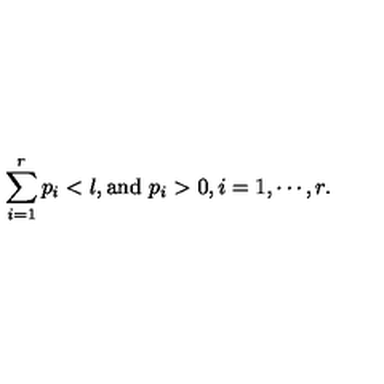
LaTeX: \sum _ { i = 1 } ^ { r } p _ { i } < l , \mathrm { a n d } \ p _ { i } > 0 , i = 1 , \cdots , r .